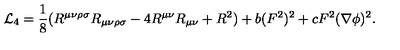
{ \cal L } _ { 4 } = \frac { 1 } { 8 } ( R ^ { \mu \nu \rho \sigma } R _ { \mu \nu \rho \sigma } - 4 R ^ { \mu \nu } R _ { \mu \nu } + R ^ { 2 } ) + b ( F ^ { 2 } ) ^ { 2 } + c F ^ { 2 } ( \nabla \phi ) ^ { 2 } .